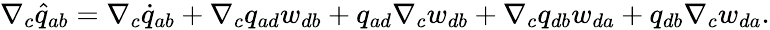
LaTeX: \begin{array}{r}{\nabla_{c}\widehat{q}_{ab}=\nabla_{c}\dot{q}_{ab}+\nabla_{c}q_{ad}w_{db}+q_{ad}\nabla_{c}w_{db}+\nabla_{c}q_{db}w_{da}+q_{db}\nabla_{c}w_{da}.}\end{array}